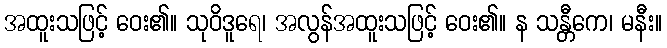
အထူးသဖြင့် ဝေး၏။ သုဝိဒူရေ၊ အလွန်အထူးသဖြင့် ဝေး၏။ န သန္တီကေ၊ မနီး။